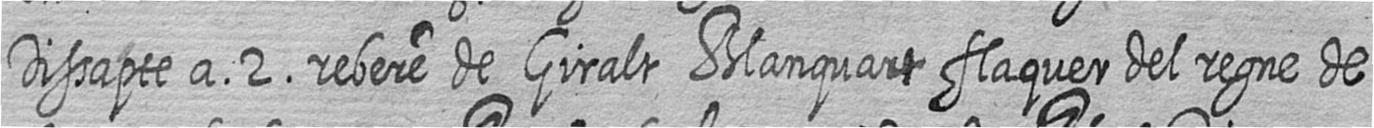
Dissapte a 2 rebere de Giralt Blanquart flaquer del regne de